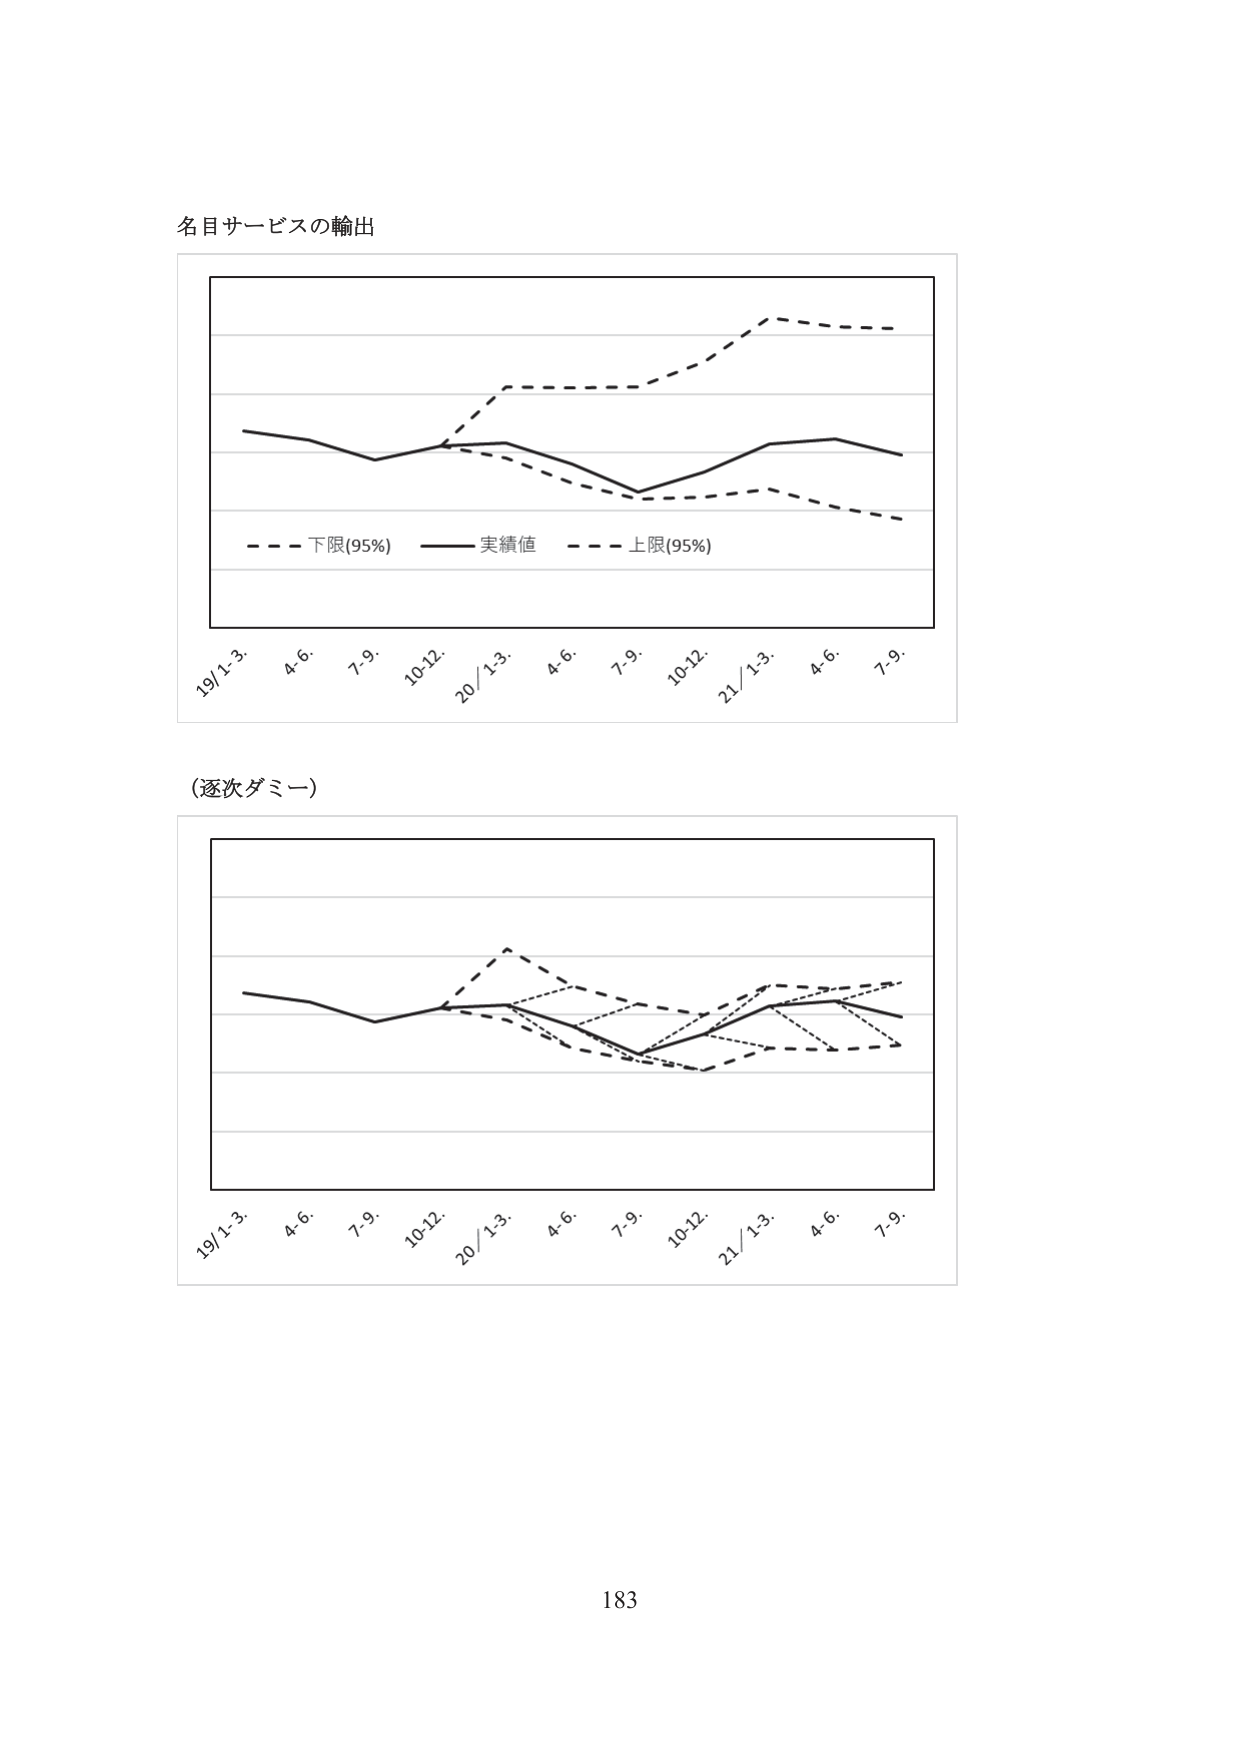
名目サービスの輸出

19/1-3. 4.6. 7.9. 10-12. 20/1-3. 4.6. 7.9. 10-12. 21/1-3. 4.6. 7.9.
- - - 下限(95%) —— 実績値 - - - 上限(95%)

(逐次ダミー)

19/1-3. 4.6. 7.9. 10-12. 20/1-3. 4.6. 7.9. 10-12. 21/1-3. 4.6. 7.9.

183